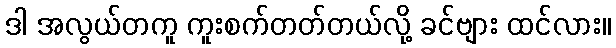
ဒါ အလွယ်တကူ ကူးစက်တတ်တယ်လို့ ခင်ဗျား ထင်လား။